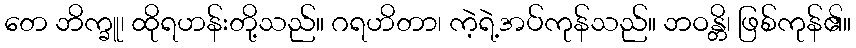
တေ ဘိက္ခူ၊ ထိုရဟန်းတို့သည်။ ဂရဟိတာ၊ ကဲ့ရဲ့အပ်ကုန်သည်။ ဘဝန္တိ၊ ဖြစ်ကုန်၏။